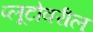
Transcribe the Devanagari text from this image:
प्लूटोवरील